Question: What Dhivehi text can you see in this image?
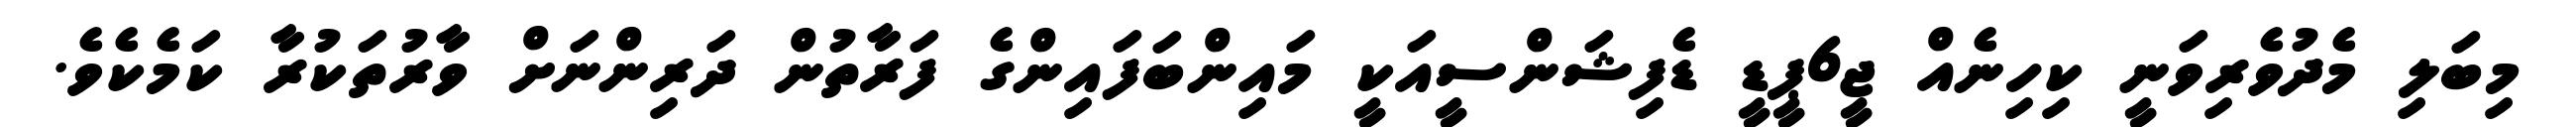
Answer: މިބަލި މެދުވެރިވަނީ ކިހިނެއް ޖީ6ޕީޑީ ޑެފިޝަންސީއަކީ މައިންބަފައިންގެ ފަރާތުން ދަރިންނަށް ވާރުތަކުރާ ކަމެކެވެ.